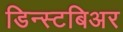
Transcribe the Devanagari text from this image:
डिन्स्टबिअर